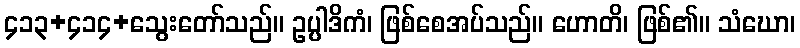
၄၁၃+၄၁၄+သွေးတော်သည်။ ဥပ္ပါဒိကံ၊ ဖြစ်စေအပ်သည်။ ဟောတိ၊ ဖြစ်၏။ သံဃော၊